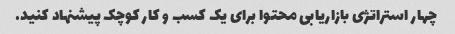
چهار استراتژی بازاریابی محتوا برای یک کسب و کار کوچک پیشنهاد کنید.